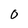
Character: O